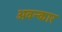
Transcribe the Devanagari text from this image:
अवन्कार